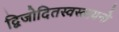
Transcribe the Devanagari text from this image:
द्विजोदितस्वस्त्ययनो